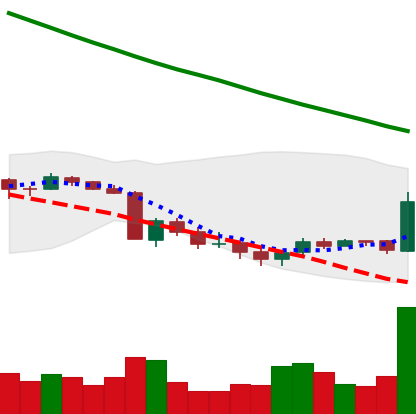
Ticker: XRP-USD
Chart end date: 2018-09-18
Forward return: 77.31%
Label: up_7plus